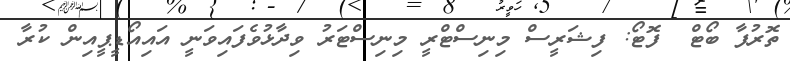
ތޮރުފާ ބޯޓް  ފޮޓޯ: ފިޝަރީސް މިނިސްޓްރީ މިނިސްޓަރު ވިދާޅުވެފައިވަނީ އައިއޯޑީޕީއިން ކުރާ